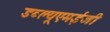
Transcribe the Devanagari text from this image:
डब्ल्यूएमईजी